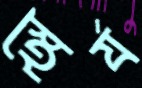
স্থৈর্য